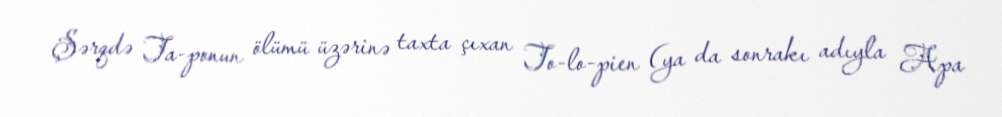
Şərqdə Ta-ponun ölümü üzərinə taxta çıxan To-lo-pien (ya da sonrakı adıyla Apa